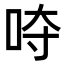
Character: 𭇡